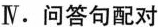
Ⅳ.问答句配对